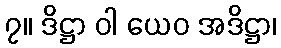
၇။ ဒိဋ္ဌာ ဝါ ယေဝ အဒိဋ္ဌာ၊